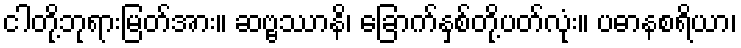
ငါတို့ဘုရားမြတ်အား။ ဆဗ္ဗဿာနိ၊ ခြောက်နှစ်တို့ပတ်လုံး။ ပဓာနစရိယာ၊